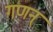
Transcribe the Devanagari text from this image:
गणन्